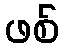
ဖစ်